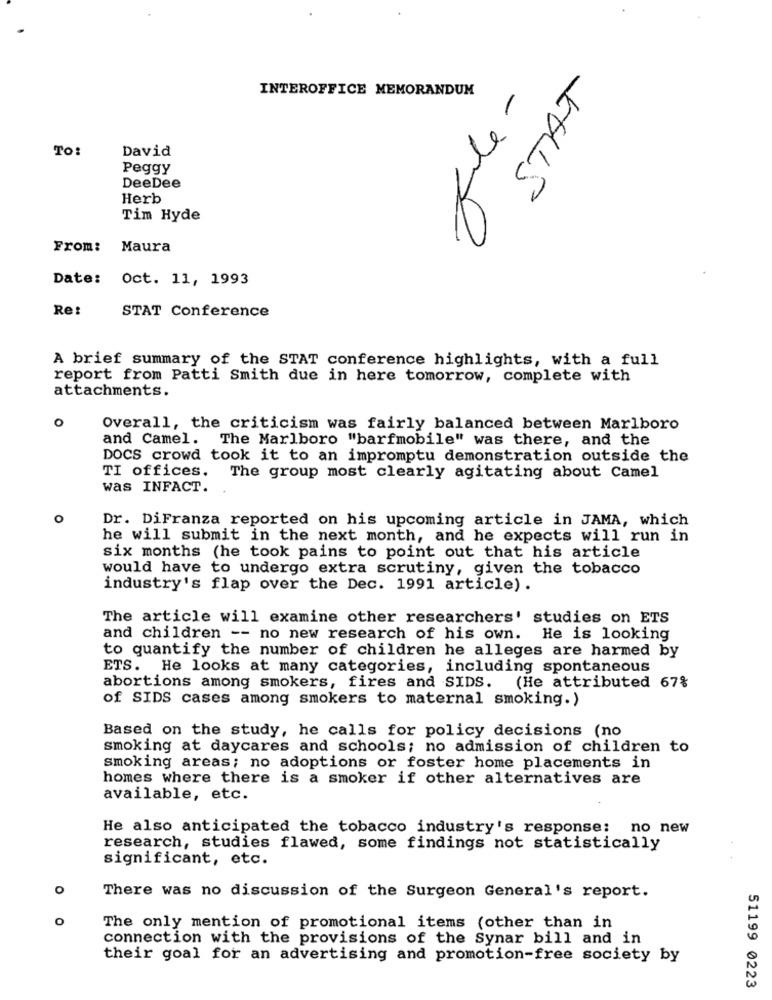
INTEROFFICE MEMORANDUM
STAT
To:
David
Peggy
DeeDee
Herb
Tim Hyde
- ml
From:
Maura
Date:
Oct. 11, 1993
Re:
STAT Conference
A brief summary of the STAT conference highlights, with a full
report from Patti Smith due in here tomorrow, complete with
attachments.
o
Overall, the criticism was fairly balanced between Marlboro
and Camel. The Marlboro "barfmobile" was there, and the
DOCS crowd took it to an impromptu demonstration outside the
TI offices.
The group most clearly agitating about Camel
was INFACT.
o
Dr. DiFranza reported on his upcoming article in JAMA, which
he will submit in the next month, and he expects will run in
six months (he took pains to point out that his article
would have to undergo extra scrutiny, given the tobacco
industry's flap over the Dec. 1991 article) .
The article will examine other researchers' studies on ETS
and children -- no new research of his own. He is looking
to quantify the number of children he alleges are harmed by
ETS. He looks at many categories, including spontaneous
abortions among smokers, fires and SIDS. (He attributed 67%
of SIDS cases among smokers to maternal smoking.)
Based on the study, he calls for policy decisions (no
smoking at daycares and schools; no admission of children to
smoking areas; no adoptions or foster home placements in
homes where there is a smoker if other alternatives are
available, etc.
He also anticipated the tobacco industry's response: no new
research, studies flawed, some findings not statistically
significant, etc.
o
There was no discussion of the Surgeon General's report.
o
The only mention of promotional items (other than in
connection with the provisions of the Synar bill and in
their goal for an advertising and promotion-free society by
51199 0223